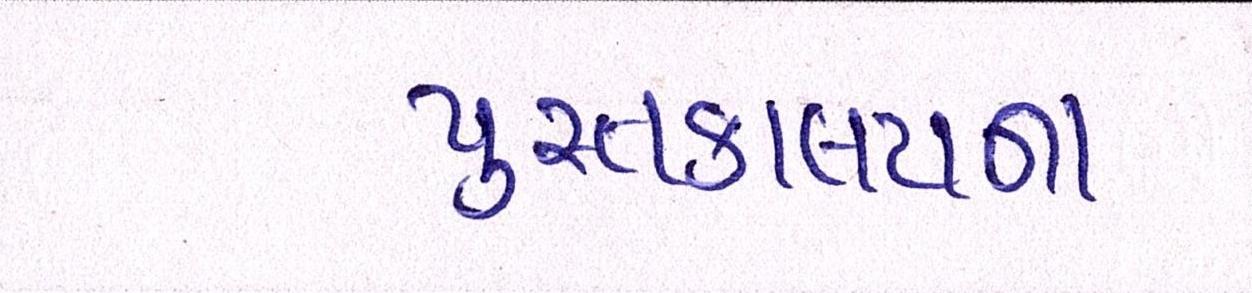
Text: પુસ્તકાલયના